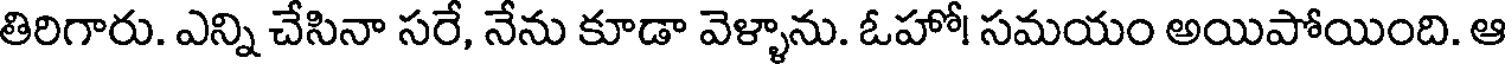
తిరిగారు. ఎన్ని చేసినా సరే, నేను కూడా వెళ్ళాను. ఓహో! సమయం అయిపోయింది. ఆ